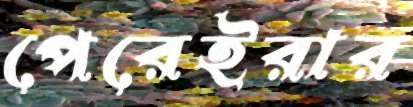
পেরেইরার